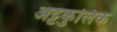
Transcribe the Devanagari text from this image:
अट्टकुलिक